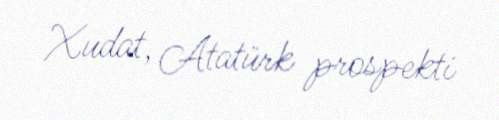
Xudat, Atatürk prospekti